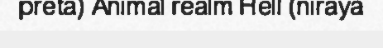
preta) Animal realm Hell (niraya